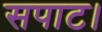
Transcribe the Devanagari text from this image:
सपाट।